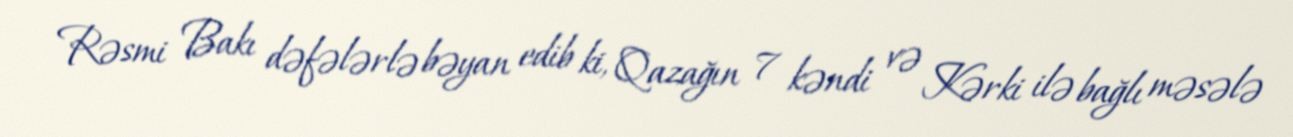
Rəsmi Bakı dəfələrlə bəyan edib ki, Qazağın 7 kəndi və Kərki ilə bağlı məsələ